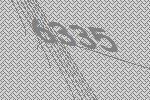
6335